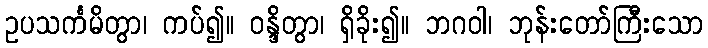
ဥပသင်္ကမိတွာ၊ ကပ်၍။ ဝန္ဒိတွာ၊ ရှိခိုး၍။ ဘဂဝါ၊ ဘုန်းတော်ကြီးသော